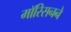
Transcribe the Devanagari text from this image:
मॉरिसनने